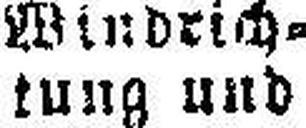
tung und